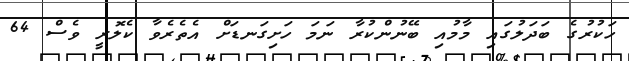
ހަކުރުގެ ބަދަލުގައި މާމުއި ބޭނުންކުރާ ނަމަ ހަށިގަނޑަށް އެތެރެވާ ކެލޮރީ ވެސް 64